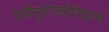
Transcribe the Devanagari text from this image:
पर्यनुयोज्योपेक्षण